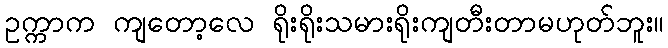
ဥက္ကာက ကျတော့လေ ရိုးရိုးသမားရိုးကျတီးတာမဟုတ်ဘူး။